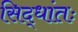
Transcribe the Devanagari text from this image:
सिद्धांतः